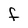
Character: F